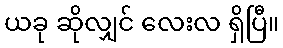
ယခု ဆိုလျှင် လေးလ ရှိပြီ။